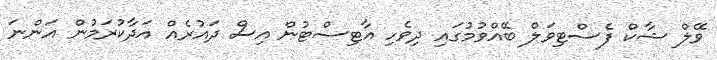
ވޭލް ޝާކް ފެސްޓިވަލް ބޭއްވުމުގައި ދިވެހި އާޓިސްޓުން އިސް ދައުރެއް އަދާކުރަމުން އަންނަ